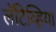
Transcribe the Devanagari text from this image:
लॅटिव्हिया